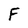
Character: F